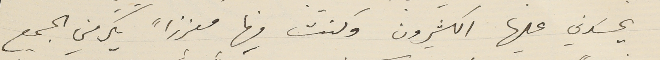
يحسَدني عليها الكثيرون وكنت فيها معززاً يكرمني الجميع